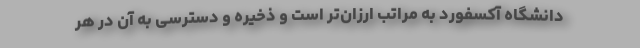
دانشگاه آکسفورد به مراتب ارزان‌تر است و ذخیره و دسترسی به آن در هر